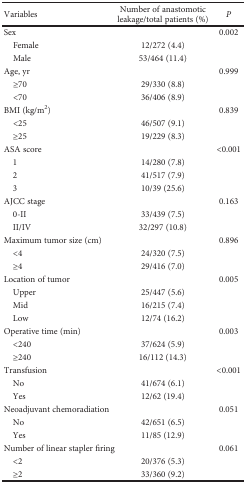
<table><thead><tr><td><b>Variables</b></td><td><b>Number of anastomotic leakage/total patients (%)</b></td><td><b><i>P</i></b></td></tr></thead><tbody><tr><td>Sex</td><td></td><td>0.002</td></tr><tr><td> Female</td><td>12/272 (4.4)</td><td></td></tr><tr><td> Male</td><td>53/464 (11.4)</td><td></td></tr><tr><td>Age, yr</td><td></td><td>0.999</td></tr><tr><td> ≥70</td><td>29/330 (8.8)</td><td></td></tr><tr><td> &lt;70</td><td>36/406 (8.9)</td><td></td></tr><tr><td>BMI (kg/m<sup>2</sup>)</td><td></td><td>0.839</td></tr><tr><td> &lt;25</td><td>46/507 (9.1)</td><td></td></tr><tr><td> ≥25</td><td>19/229 (8.3)</td><td></td></tr><tr><td>ASA score</td><td></td><td>&lt;0.001</td></tr><tr><td> 1</td><td>14/280 (7.8)</td><td></td></tr><tr><td> 2</td><td>41/517 (7.9)</td><td></td></tr><tr><td> 3</td><td>10/39 (25.6)</td><td></td></tr><tr><td>AJCC stage</td><td></td><td>0.163</td></tr><tr><td> 0-II</td><td>33/439 (7.5)</td><td></td></tr><tr><td> II/IV</td><td>32/297 (10.8)</td><td></td></tr><tr><td>Maximum tumor size (cm)</td><td></td><td>0.896</td></tr><tr><td> &lt;4</td><td>24/320 (7.5)</td><td></td></tr><tr><td> ≥4</td><td>29/416 (7.0)</td><td></td></tr><tr><td>Location of tumor</td><td></td><td>0.005</td></tr><tr><td> Upper</td><td>25/447 (5.6)</td><td></td></tr><tr><td> Mid</td><td>16/215 (7.4)</td><td></td></tr><tr><td> Low</td><td>12/74 (16.2)</td><td></td></tr><tr><td>Operative time (min)</td><td></td><td>0.003</td></tr><tr><td> &lt;240</td><td>37/624 (5.9)</td><td></td></tr><tr><td> ≥240</td><td>16/112 (14.3)</td><td></td></tr><tr><td>Transfusion</td><td></td><td>&lt;0.001</td></tr><tr><td> No</td><td>41/674 (6.1)</td><td></td></tr><tr><td> Yes</td><td>12/62 (19.4)</td><td></td></tr><tr><td>Neoadjuvant chemoradiation</td><td></td><td>0.051</td></tr><tr><td> No</td><td>42/651 (6.5)</td><td></td></tr><tr><td> Yes</td><td>11/85 (12.9)</td><td></td></tr><tr><td colspan="2">Number of linear stapler firing</td><td>0.061</td></tr><tr><td> &lt;2</td><td>20/376 (5.3)</td><td></td></tr><tr><td> ≥2</td><td>33/360 (9.2)</td><td></td></tr></tbody></table>